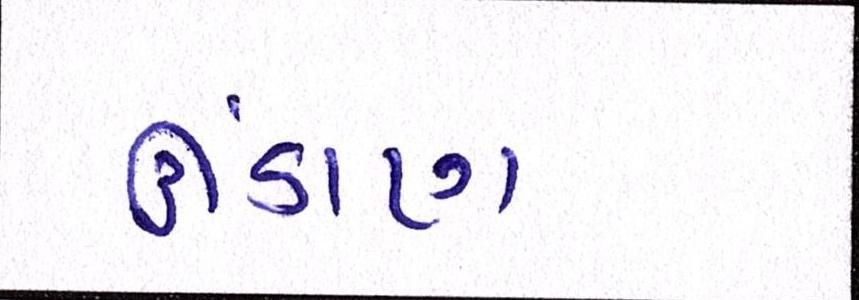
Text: ઊંડાણ